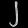
Digit: ၂